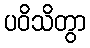
ပဝိသိတွာ